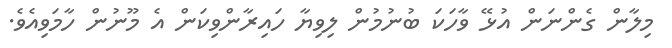
މިލާން ގެންނަން އުޅޭ ވާހަކަ ބުނުމުން ލިވިޔާ ހައިރާންވިކަން އެ މޫނުން ހާމަވިއެވެ.